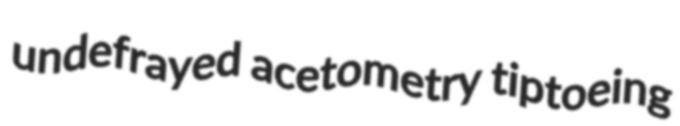
undefrayed acetometry tiptoeing